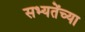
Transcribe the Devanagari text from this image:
सभ्यतेंच्या